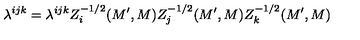
\lambda ^ { i j k } = \lambda ^ { i j k } Z _ { i } ^ { - 1 / 2 } ( M ^ { \prime } , M ) Z _ { j } ^ { - 1 / 2 } ( M ^ { \prime } , M ) Z _ { k } ^ { - 1 / 2 } ( M ^ { \prime } , M )